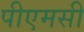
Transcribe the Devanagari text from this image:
पीएमसी